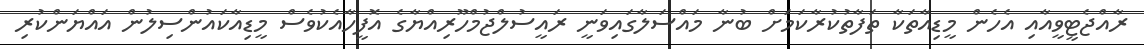
ރާއްޖެޓީވީއާއި އެހެން މީޑިއާތަކާ ތަފާތުކުރާކަމަށް ބުނާ މައްސަލާގައިވަނީ ރައީސުލްޖުމްހޫރިއްޔާގެ އޮފީހާއެކުވެސް މީޑިއާކައުންސިލުން އައްޔަންކުރި